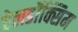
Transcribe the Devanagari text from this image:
ऐलडॉक्सिम